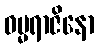
ဓမ္မရာဇိနော